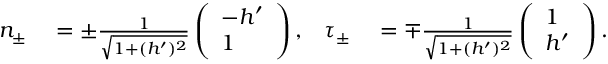
\begin{array} { r l r l } { n _ { \pm } } & { { } = \pm \frac { 1 } { \sqrt { 1 + ( h ^ { \prime } ) ^ { 2 } } } \left( \begin{array} { l } { - h ^ { \prime } } \\ { 1 } \end{array} \right) , } & { \tau _ { \pm } } & { { } = \mp \frac { 1 } { \sqrt { 1 + ( h ^ { \prime } ) ^ { 2 } } } \left( \begin{array} { l } { 1 } \\ { h ^ { \prime } } \end{array} \right) . } \end{array}